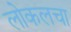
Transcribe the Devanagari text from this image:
लोकलचा